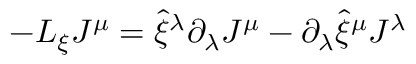
- { \cal L } _ { \xi } J ^ { \mu } = \hat { \xi } ^ { \lambda } \partial _ { \lambda } J ^ { \mu } - \partial _ { \lambda } \hat { \xi } ^ { \mu } J ^ { \lambda }